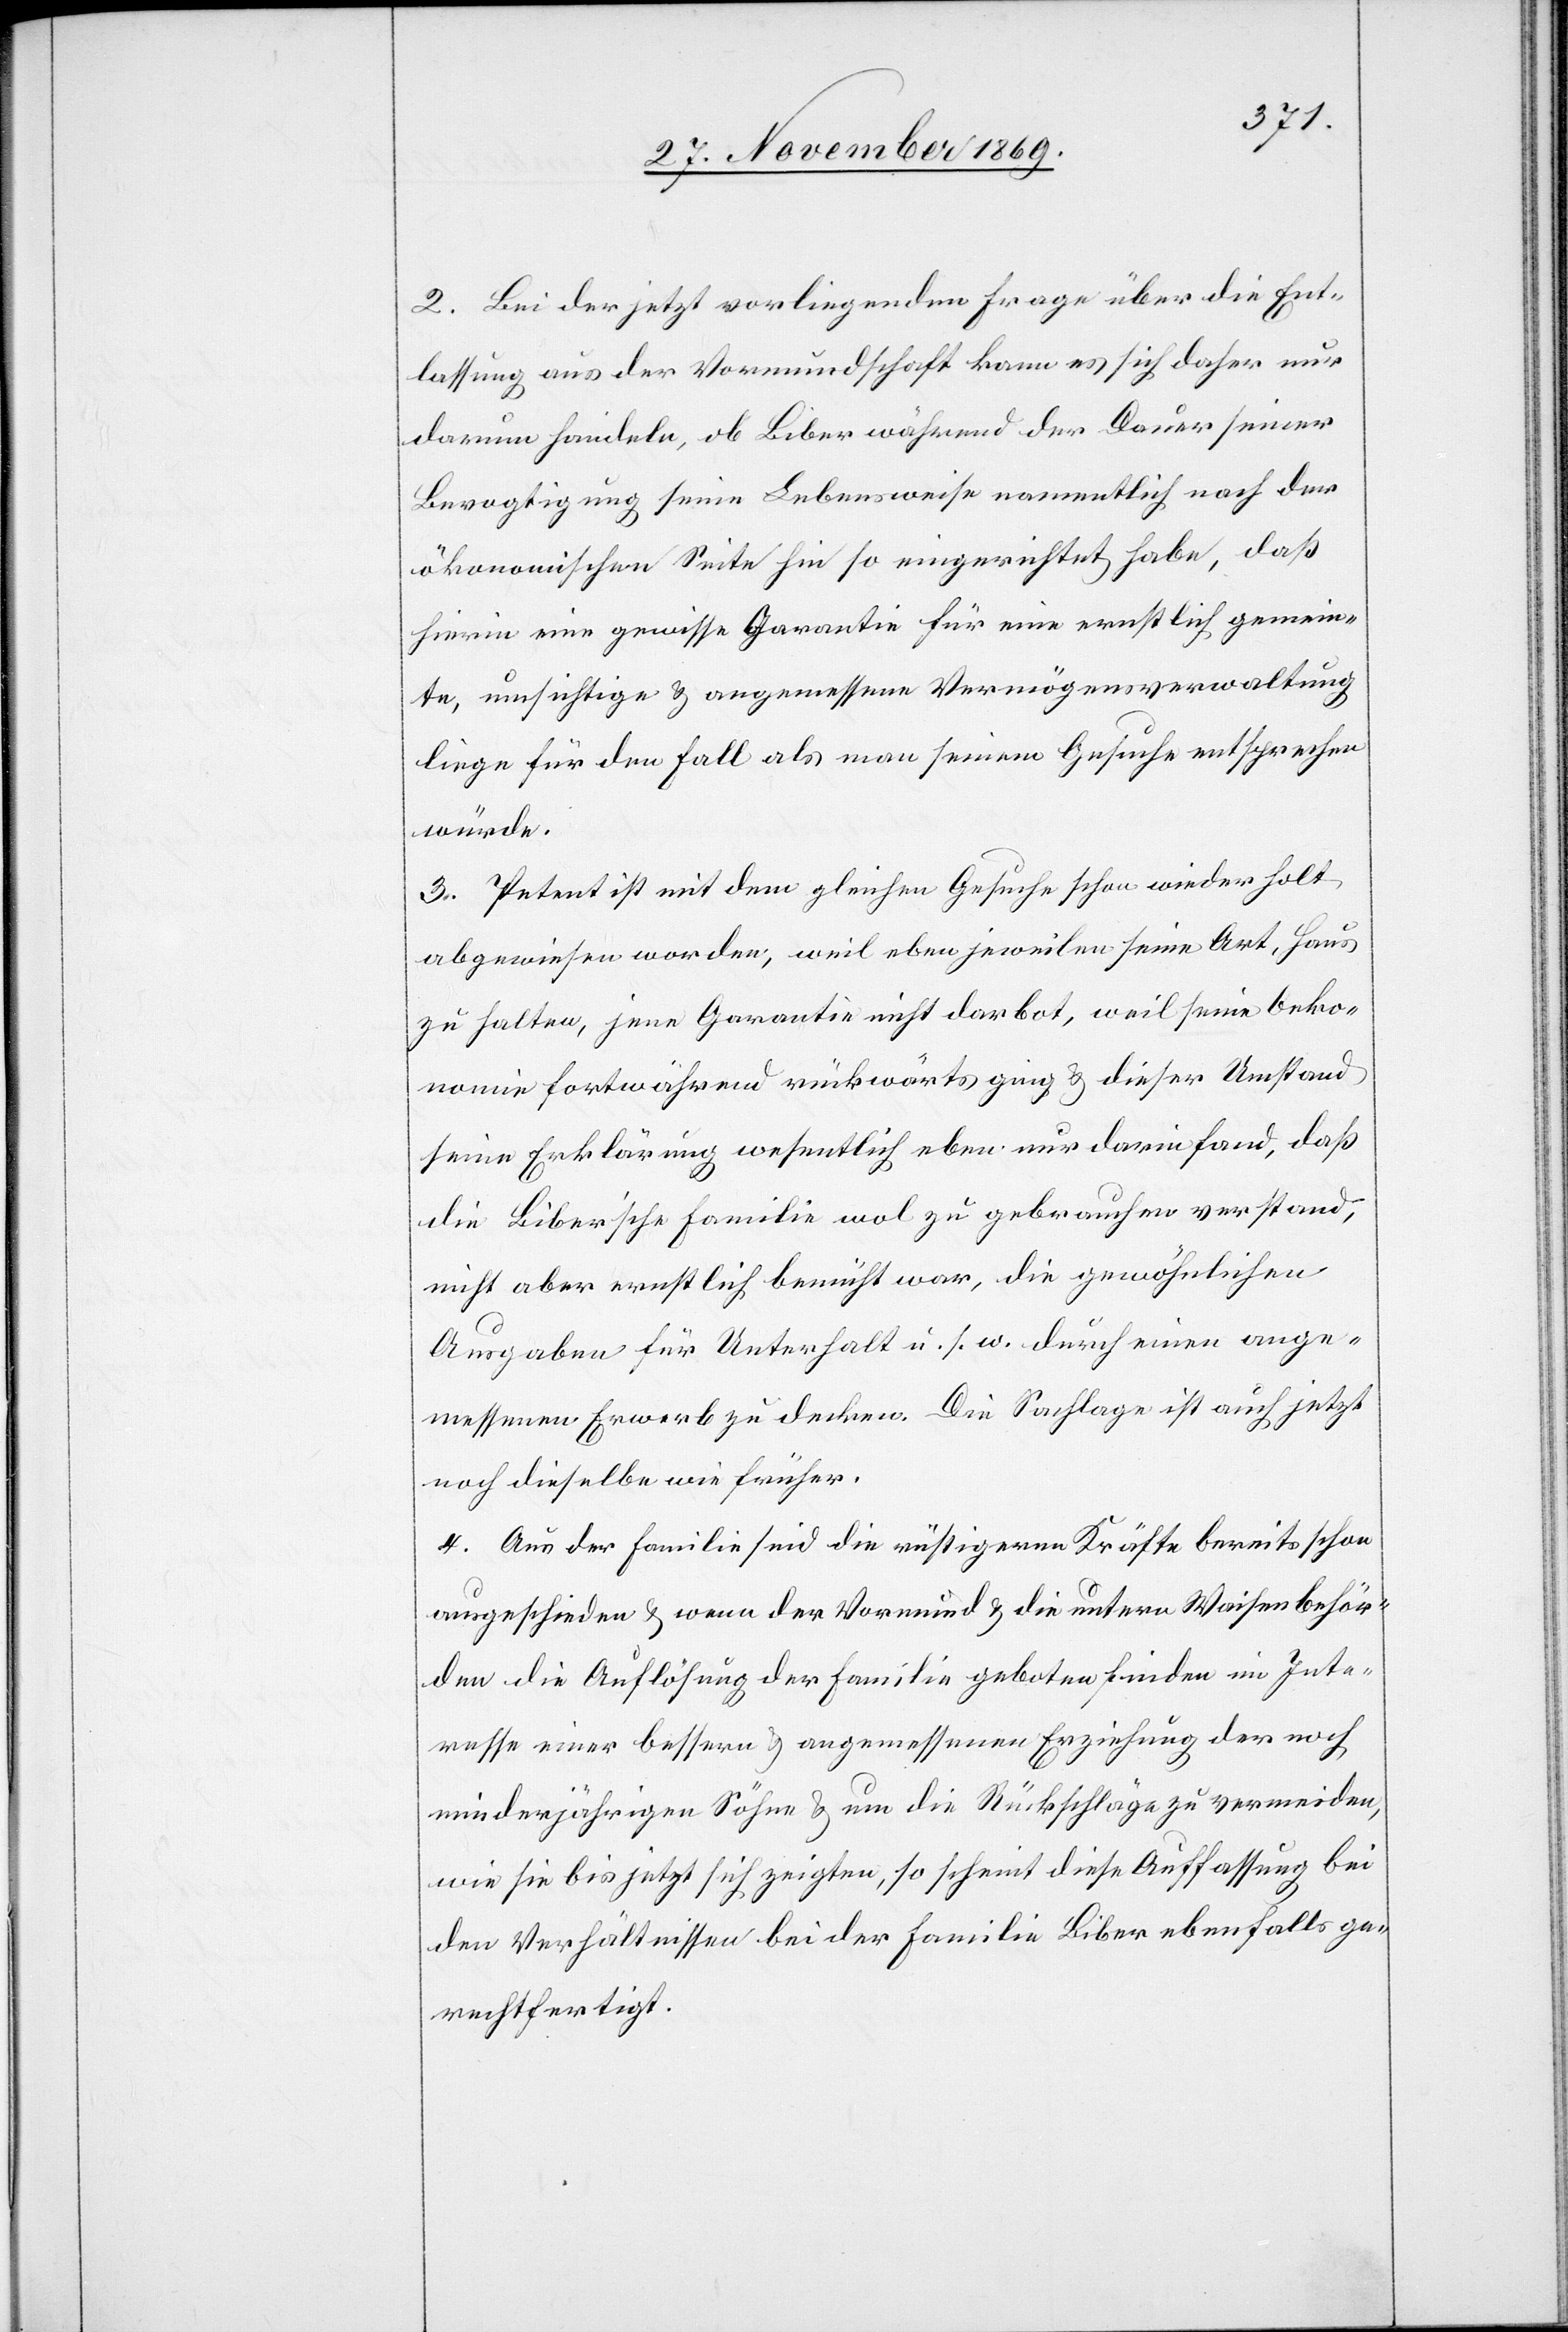
2. Bei der jetzt vorliegenden Frage über die Ent¬
lassung aus der Vormundschaft kann es sich daher nur
darum handeln, ob Biber während der Dauer seiner
Bevogtigung seine Lebensweise namentlich nach der
ökonomischen Seite hin so eingerichtet habe, daß
hierin eine gewisse Garantie für eine ernstlich gemein¬
te, umsichtige & angemessene Vermögensverwaltung
liege für den Fall als man seinem Gesuche entsprechen
würde.
3. Petent ist mit dem gleichen Gesuche schon wiederholt
abgewiesen worden, weil eben jeweilen seine Art, Haus
zu halten, jene Garantie nicht darbot, weil seine Oeko¬
nomie fortwährend rückwärts ging & dieser Umstand
seine Erklärung wesentlich eben nur darin fand, daß
die Biber’sche Familie wol zu gebrauchen verstand,
nicht aber ernstlich bemüht war, die gewöhnlichen
Ausgaben für Unterhalt u. s. w. durch einen ange¬
messenen Erwerb zu decken. Die Sachlage ist auch jetzt
noch dieselbe wie früher.
4. Aus der Familie sind die rüstigeren Kräfte bereits schon
ausgeschieden & wenn der Vormund & die untern Waisenbehör¬
den die Auflösung der Familie geboten finden im Inte¬
resse einer bessern & angemessenen Erziehung der noch
minderjährigen Söhne & um die Rückschläge zu vermeiden,
wie sie bis jetzt sich zeigten, so scheint diese Auffassung bei
den Verhältnissen bei der Familie Biber ebenfalls ge¬
rechtfertigt.